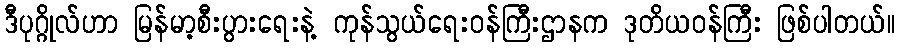
ဒီပုဂ္ဂိုလ်ဟာ မြန်မာ့စီးပွားရေးနဲ့ ကုန်သွယ်ရေးဝန်ကြီးဌာနက ဒုတိယဝန်ကြီး ဖြစ်ပါတယ်။